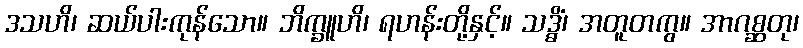
ဒသဟိ၊ ဆယ်ပါးကုန်သော။ ဘိက္ခူဟိ၊ ရဟန်းတို့နှင့်။ သဒ္ဓိံ၊ အတူတကွ။ အာဂစ္ဆတု၊